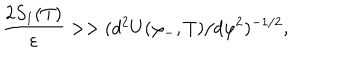
{ \frac { 2 S _ { 1 } ( T ) } { \varepsilon } } > > ( d ^ { 2 } { U ( \varphi _ { - } , T ) } / d \varphi ^ { 2 } ) ^ { - 1 / 2 } ,